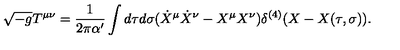
\sqrt { - g } T ^ { \mu \nu } = \frac { 1 } { 2 \pi \alpha ^ { \prime } } \int d \tau d \sigma ( \dot { X } ^ { \mu } \dot { X } ^ { \nu } - X ^ { \mu } X ^ { \nu } ) \delta ^ { ( 4 ) } ( X - X ( \tau , \sigma ) ) .